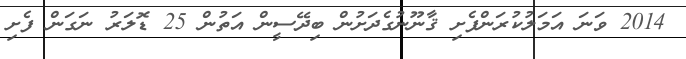
2014 ވަނަ އަމަލުކުރަންފެށި ޤާނޫނުގެދަށުން ބިދޭސީން އަތުން 25 ޑޮލަރު ނަގަން ފެށި